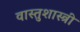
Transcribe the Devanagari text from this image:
वास्‍तुशास्‍त्री